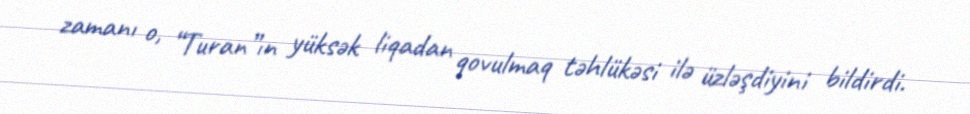
zamanı o, “Turan”ın yüksək liqadan qovulmaq təhlükəsi ilə üzləşdiyini bildirdi.